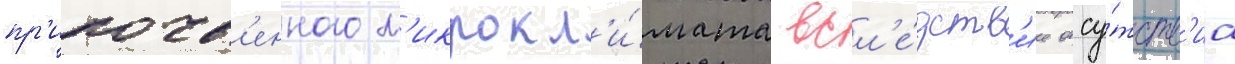
пр'ипочв'енного м'икрокл'и́мата всл'е́дств'ие отсу́тств'иа